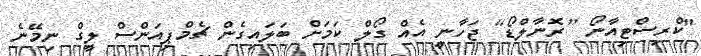
"ކްރިސްޓިއާނޯ [ރޮނާލްޑޯ] ޖަހާނީ އެއް ގޯލް ކަމަށް ބަލައިގެން ޗެމްޕިއަންސް ލީގް ނިމޭނެ